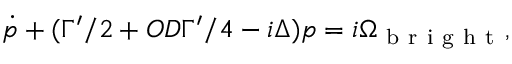
\dot { p } + ( \Gamma ^ { \prime } / 2 + O D \Gamma ^ { \prime } / 4 - i \Delta ) p = i \Omega _ { \mathrm { ~ b ~ r ~ i ~ g ~ h ~ t ~ } } ,